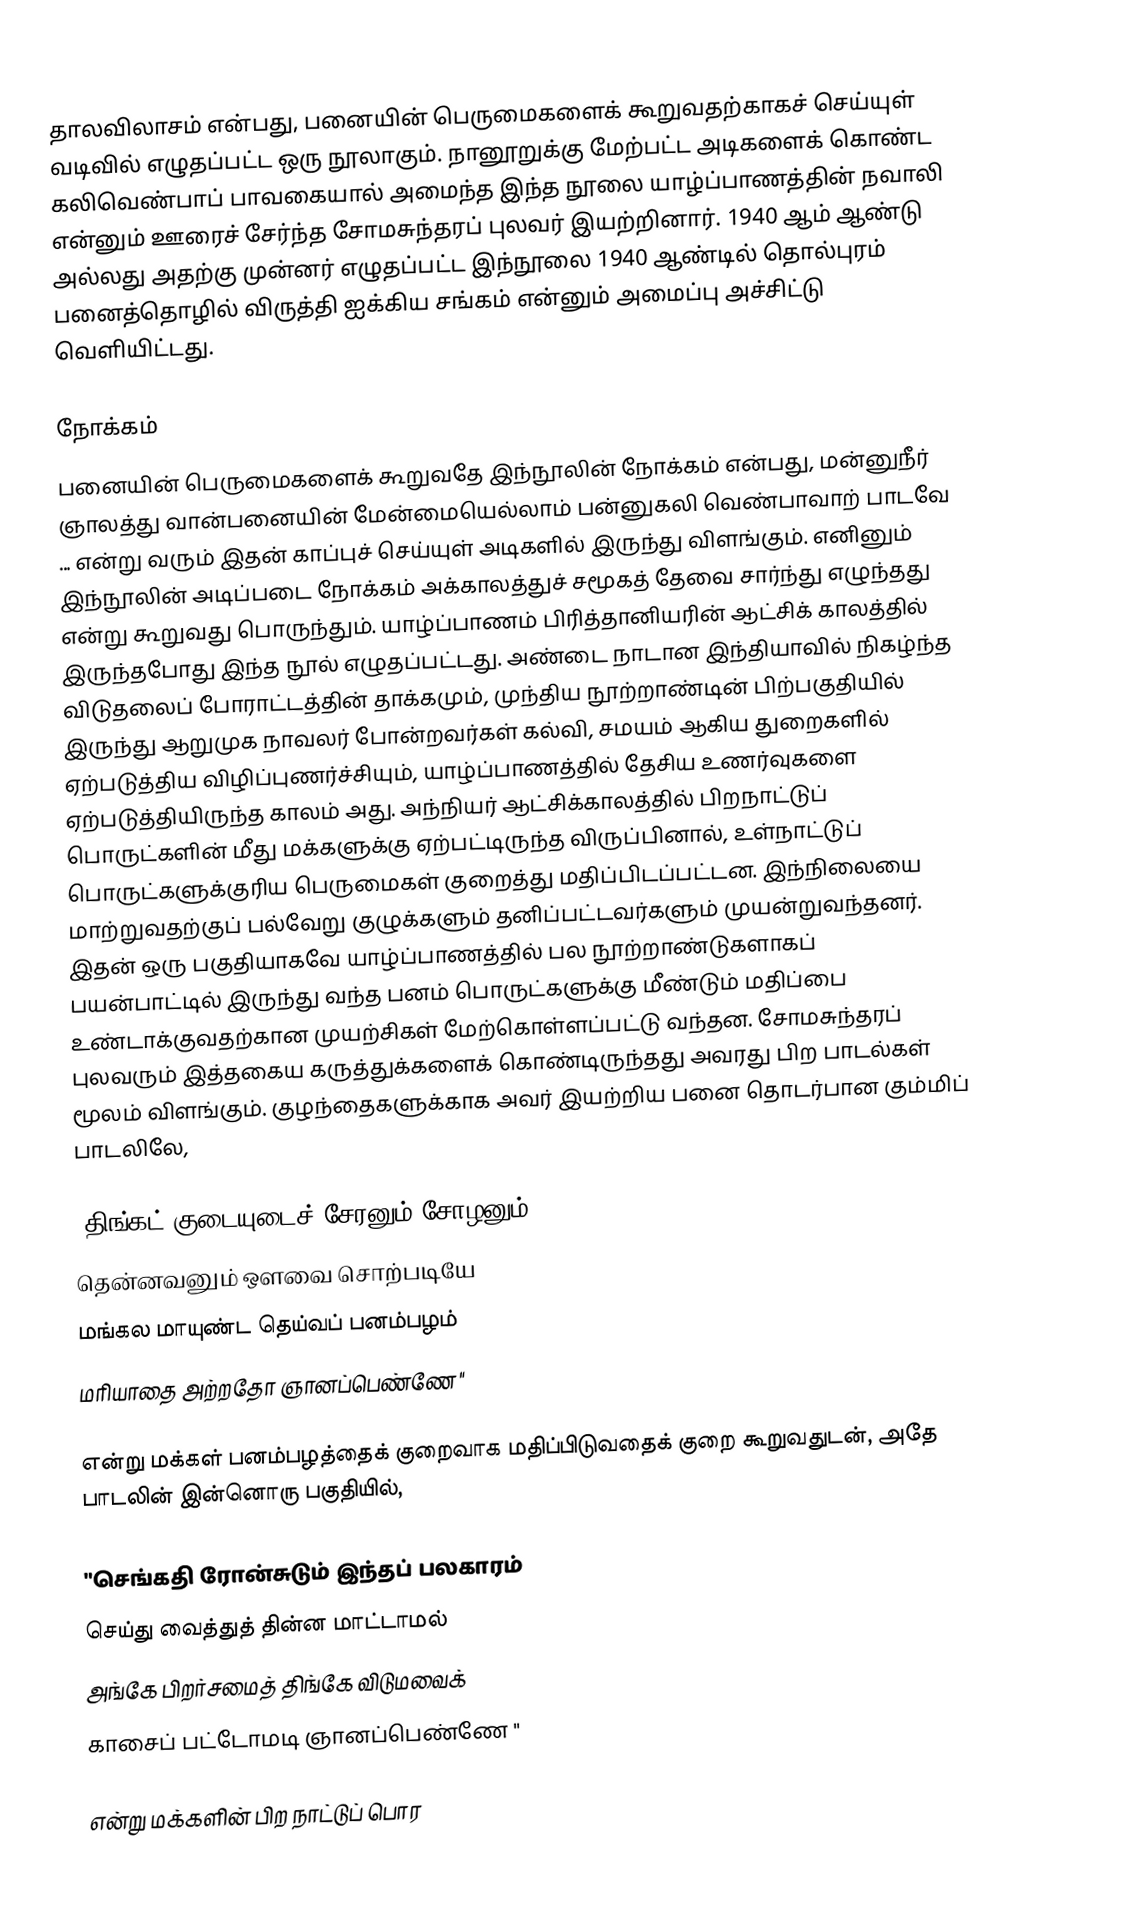
தாலவிலாசம் என்பது, பனையின் பெருமைகளைக் கூறுவதற்காகச் செய்யுள் வடிவில் எழுதப்பட்ட ஒரு நூலாகும். நானூறுக்கு மேற்பட்ட அடிகளைக் கொண்ட கலிவெண்பாப் பாவகையால் அமைந்த இந்த நூலை யாழ்ப்பாணத்தின் நவாலி என்னும் ஊரைச் சேர்ந்த சோமசுந்தரப் புலவர் இயற்றினார். 1940 ஆம் ஆண்டு அல்லது அதற்கு முன்னர் எழுதப்பட்ட இந்நூலை 1940 ஆண்டில் தொல்புரம் பனைத்தொழில் விருத்தி ஐக்கிய சங்கம் என்னும் அமைப்பு அச்சிட்டு வெளியிட்டது.

நோக்கம்
பனையின் பெருமைகளைக் கூறுவதே இந்நூலின் நோக்கம் என்பது, மன்னுநீர் ஞாலத்து வான்பனையின் மேன்மையெல்லாம் பன்னுகலி வெண்பாவாற் பாடவே ... என்று வரும் இதன் காப்புச் செய்யுள் அடிகளில் இருந்து விளங்கும். எனினும் இந்நூலின் அடிப்படை நோக்கம் அக்காலத்துச் சமூகத் தேவை சார்ந்து எழுந்தது என்று கூறுவது பொருந்தும். யாழ்ப்பாணம் பிரித்தானியரின் ஆட்சிக் காலத்தில் இருந்தபோது இந்த நூல் எழுதப்பட்டது. அண்டை நாடான இந்தியாவில் நிகழ்ந்த விடுதலைப் போராட்டத்தின் தாக்கமும், முந்திய நூற்றாண்டின் பிற்பகுதியில் இருந்து  ஆறுமுக நாவலர் போன்றவர்கள் கல்வி, சமயம் ஆகிய துறைகளில் ஏற்படுத்திய விழிப்புணர்ச்சியும், யாழ்ப்பாணத்தில் தேசிய உணர்வுகளை ஏற்படுத்தியிருந்த காலம் அது. அந்நியர் ஆட்சிக்காலத்தில் பிறநாட்டுப் பொருட்களின் மீது மக்களுக்கு ஏற்பட்டிருந்த விருப்பினால், உள்நாட்டுப் பொருட்களுக்குரிய பெருமைகள் குறைத்து மதிப்பிடப்பட்டன. இந்நிலையை மாற்றுவதற்குப் பல்வேறு குழுக்களும் தனிப்பட்டவர்களும் முயன்றுவந்தனர். இதன் ஒரு பகுதியாகவே யாழ்ப்பாணத்தில் பல நூற்றாண்டுகளாகப் பயன்பாட்டில் இருந்து வந்த பனம் பொருட்களுக்கு மீண்டும் மதிப்பை உண்டாக்குவதற்கான முயற்சிகள் மேற்கொள்ளப்பட்டு வந்தன. சோமசுந்தரப் புலவரும் இத்தகைய கருத்துக்களைக் கொண்டிருந்தது அவரது பிற பாடல்கள் மூலம் விளங்கும். குழந்தைகளுக்காக அவர் இயற்றிய பனை தொடர்பான கும்மிப் பாடலிலே,

 "திங்கட் குடையுடைச் சேரனும் சோழனும்
 தென்னவனும் ஔவை சொற்படியே
 மங்கல மாயுண்ட தெய்வப் பனம்பழம்
 மரியாதை அற்றதோ ஞானப்பெண்ணே "

என்று மக்கள் பனம்பழத்தைக் குறைவாக மதிப்பிடுவதைக் குறை கூறுவதுடன், அதே பாடலின் இன்னொரு பகுதியில்,

 "செங்கதி ரோன்சுடும் இந்தப் பலகாரம்
 செய்து வைத்துத் தின்ன மாட்டாமல்
 அங்கே பிறர்சமைத் திங்கே விடுமவைக்
 காசைப் பட்டோமடி ஞானப்பெண்ணே "

என்று மக்களின் பிற நாட்டுப் பொர